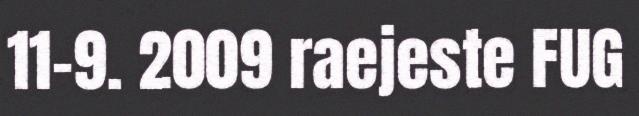
11-9. 2009 raejeste FUG